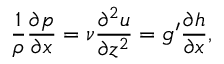
\frac { 1 } { \rho } \frac { \partial p } { \partial x } = \nu \frac { \partial ^ { 2 } u } { \partial z ^ { 2 } } = g ^ { \prime } \frac { \partial h } { \partial x } ,